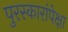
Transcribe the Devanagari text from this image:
पुरस्कारांपेक्षा